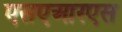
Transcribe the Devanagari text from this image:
एसएआरएस